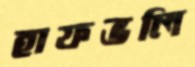
হাফভলি